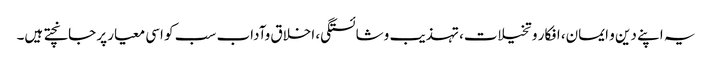
یہ اپنے دین و ایمان، افکار و تخیلات، تہذیب وشائستگی، اخلاق وآداب سب کو اسی معیار پر جانچتے ہیں۔